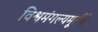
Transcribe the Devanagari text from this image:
विश्वमंगल्यमूर्तये